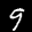
Label: 9